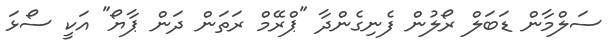
ސަލްމާން ޑަބަލް ރޯލުން ފެނިގެންދާ "ޕްރޭމް ރަތަން ދަން ޕާޔޯ" އަކީ ސޯޅަ